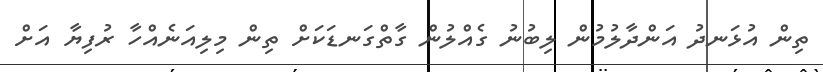
ތިން އުޅަނދު އަންދާލުމުން ލިބުނު ގެއްލުން ގާތްގަނޑަކަށް ތިން މިލިއަނެއްހާ ރުފިޔާ އަށް